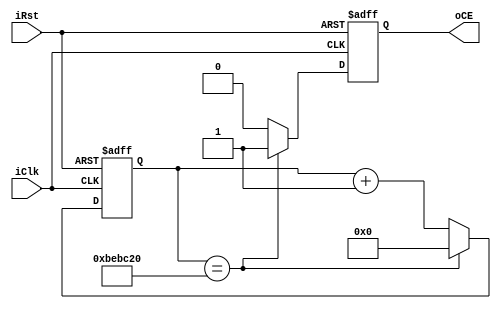
module ClkDiv50MHzTo4Hz
(
	input	iClk,
	input	iRst,
	output	oCE
);



reg	[23:0]	rvCnt_d;
reg	[23:0]	rvCnt_q;

reg	rCE_d;
reg	rCE_q;


assign	oCE = rCE_q;

always @(posedge iClk or posedge iRst)
begin
	if ( iRst )
	begin
		rCE_q	<=	1'b0;
		rvCnt_q	<=	24'b0;
	end
	else
	begin
		rCE_q	<=	rCE_d;
		rvCnt_q	<=	rvCnt_d;
	end
end

always @*
begin
	rvCnt_d	=	rvCnt_q + 1'b1;
	rCE_d	=	1'b0;
	if ( rvCnt_q == 24'd12_500_000 )
	begin
		rvCnt_d	=	24'd0;
		rCE_d	=	1'b1;
	end

end
endmodule